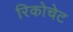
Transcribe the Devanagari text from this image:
रिकोचेट